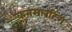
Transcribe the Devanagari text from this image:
कनसलटिंग